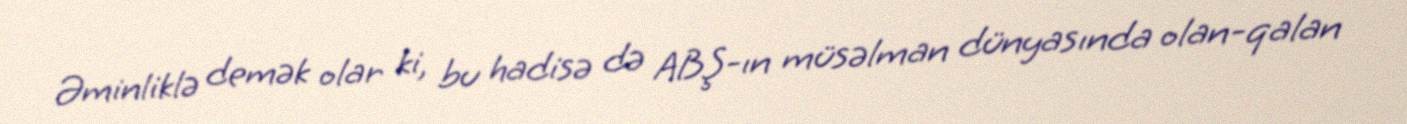
Əminliklə demək olar ki, bu hadisə də ABŞ-ın müsəlman dünyasında olan-qalan